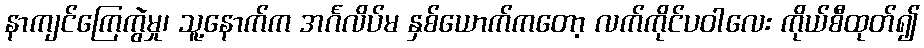
နာကျင်ကြေကွဲမှု၊ သူ့နောက်က အင်္ဂလိပ်မ နှစ်ယောက်ကတော့ လက်ကိုင်ပဝါလေး ကိုယ်စီထုတ်၍